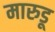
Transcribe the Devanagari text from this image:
मारुडू